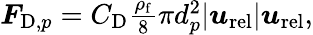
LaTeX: \begin{array}{r}{\boldsymbol{F}_{\mathrm{D},p}=C_{\mathrm{D}}\frac{\rho_{\mathrm{f}}}{8}\pi d_{p}^{2}|\boldsymbol{u}_{\mathrm{rel}}|\boldsymbol{u}_{\mathrm{rel}},}\end{array}